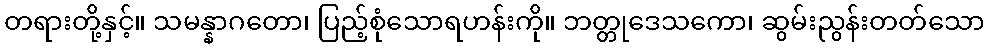
တရားတို့နှင့်။ သမန္နာဂတော၊ ပြည့်စုံသောရဟန်းကို။ ဘတ္တုဒေသကော၊ ဆွမ်းညွန်းတတ်သော